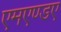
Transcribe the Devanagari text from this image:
एमएण्डए